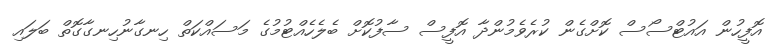
އޮފީހުން އައުޓްސޯސް ކޮށްގެން ކުރެވެމުންދާ އޮފީސް ސާފުކޮށް ބެލެހެއްޓުމުގެ މަސައްކަތް ހިނގާނުހިނގާގޮތް ބަލައި